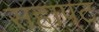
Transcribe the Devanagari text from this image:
सहापट